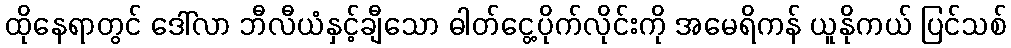
ထိုနေရာတွင် ဒေါ်လာ ဘီလီယံနှင့်ချီသော ဓါတ်ငွေ့ပိုက်လိုင်းကို အမေရိကန် ယူနိုကယ် ပြင်သစ်